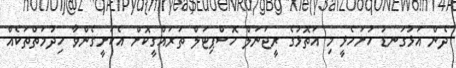
ދެން އަޅުގަނޑު ހުށަހެޅީ މި އަތޮޅުގެ ރީޖަނަލް ހޮސްޕިޓަލް ތަރައްގީކޮށް އެކަށީގެންވާ ހިދުމަތްތަކެއް